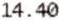
14.40